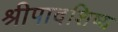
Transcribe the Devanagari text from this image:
श्रीपादशिष्य